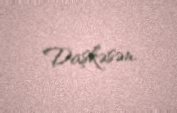
Daşkəsən.